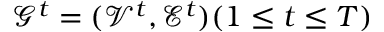
\mathcal { G } ^ { t } = ( \mathcal { V } ^ { t } , \mathcal { E } ^ { t } ) ( 1 \leq t \leq T )